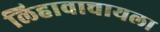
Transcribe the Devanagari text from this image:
लिहावाचायला